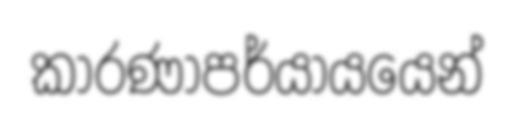
කාරණාපර්යායයෙන්